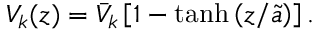
V _ { k } ( z ) = \bar { V } _ { k } \left[ 1 - \operatorname { t a n h } \left( z / \tilde { a } \right) \right] .